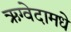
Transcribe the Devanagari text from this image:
ऋग्वेदामधे